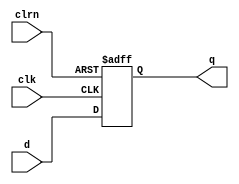
module dff1(d,clk,clrn,q
    );
	input d;
	input clk,clrn;
	output q;

    reg q;
    always @ (negedge clrn or posedge clk) //clrnclkclrn=0q<=d
	 if(clrn==0)
	     begin
		      q<=0;
		  end
    else	
        begin		      
		      q<=d;
		  end	 
endmodule